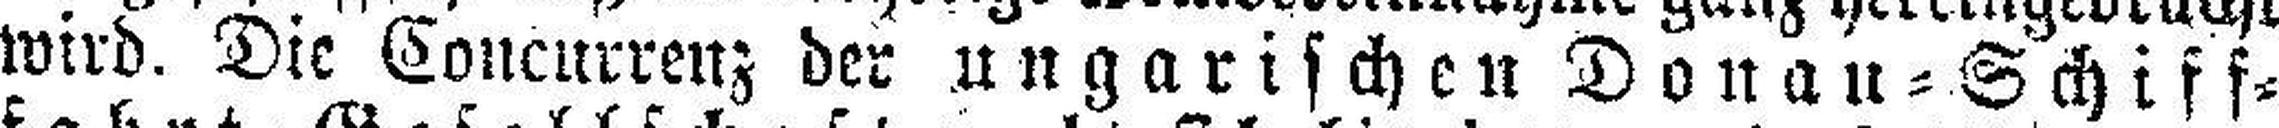
wird. Die Concurrenz der ungarischen Donau=Schiff¬